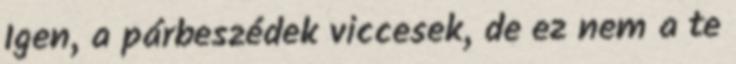
Igen, a párbeszédek viccesek, de ez nem a te